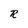
Character: R